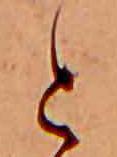
と